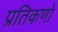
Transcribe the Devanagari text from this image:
प्रतिकणो